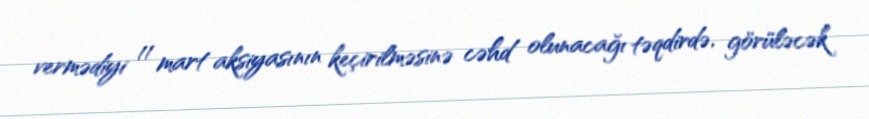
vermədiyi 11 mart aksiyasının keçirilməsinə cəhd olunacağı təqdirdə, görüləcək